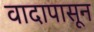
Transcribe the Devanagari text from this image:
वादापासून